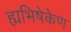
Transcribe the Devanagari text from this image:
ह्यभिषेकेण